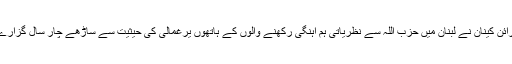
برائن کینان نے لبنان میں حزب اللہ سے نظریاتی ہم آہنگی رکھنے والوں کے ہاتھوں یرغمالی کی حیثیت سے ساڑھے چار سال گزارے۔